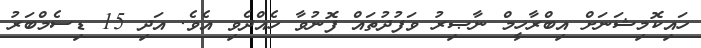
ހައިކޮމިޝަނަށް އިބްރާހީމް ނާޞިރު ވަފުދުތައް ފޮނުވާ ހެއްދެވި އެވެ. އަދި 15 ޑިސެމްބަރު